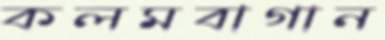
কলমবাগান